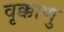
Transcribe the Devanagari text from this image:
वृक्काणु